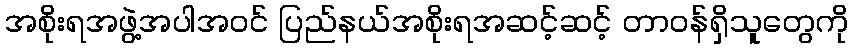
အစိုးရအဖွဲ့အပါအဝင် ပြည်နယ်အစိုးရအဆင့်ဆင့် တာဝန်ရှိသူတွေကို